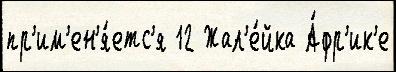
пр'им'ен'я́етс'я 12 Жал'е́йка А́фр'ик'е